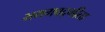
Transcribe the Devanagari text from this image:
भगगवद्गीता